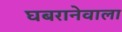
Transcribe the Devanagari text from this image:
घबरानेवाला